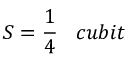
S = { \frac { 1 } { 4 } } \; \; \; c u b i t